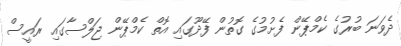
ދެވަނަ ބުރުގެ ކެމްޕޭން ފެށުމުގެ ގޮތުން ފޭދޫގައި އޮތް ކެމްޕޭން ޖަލްސާގައި ރައީސް